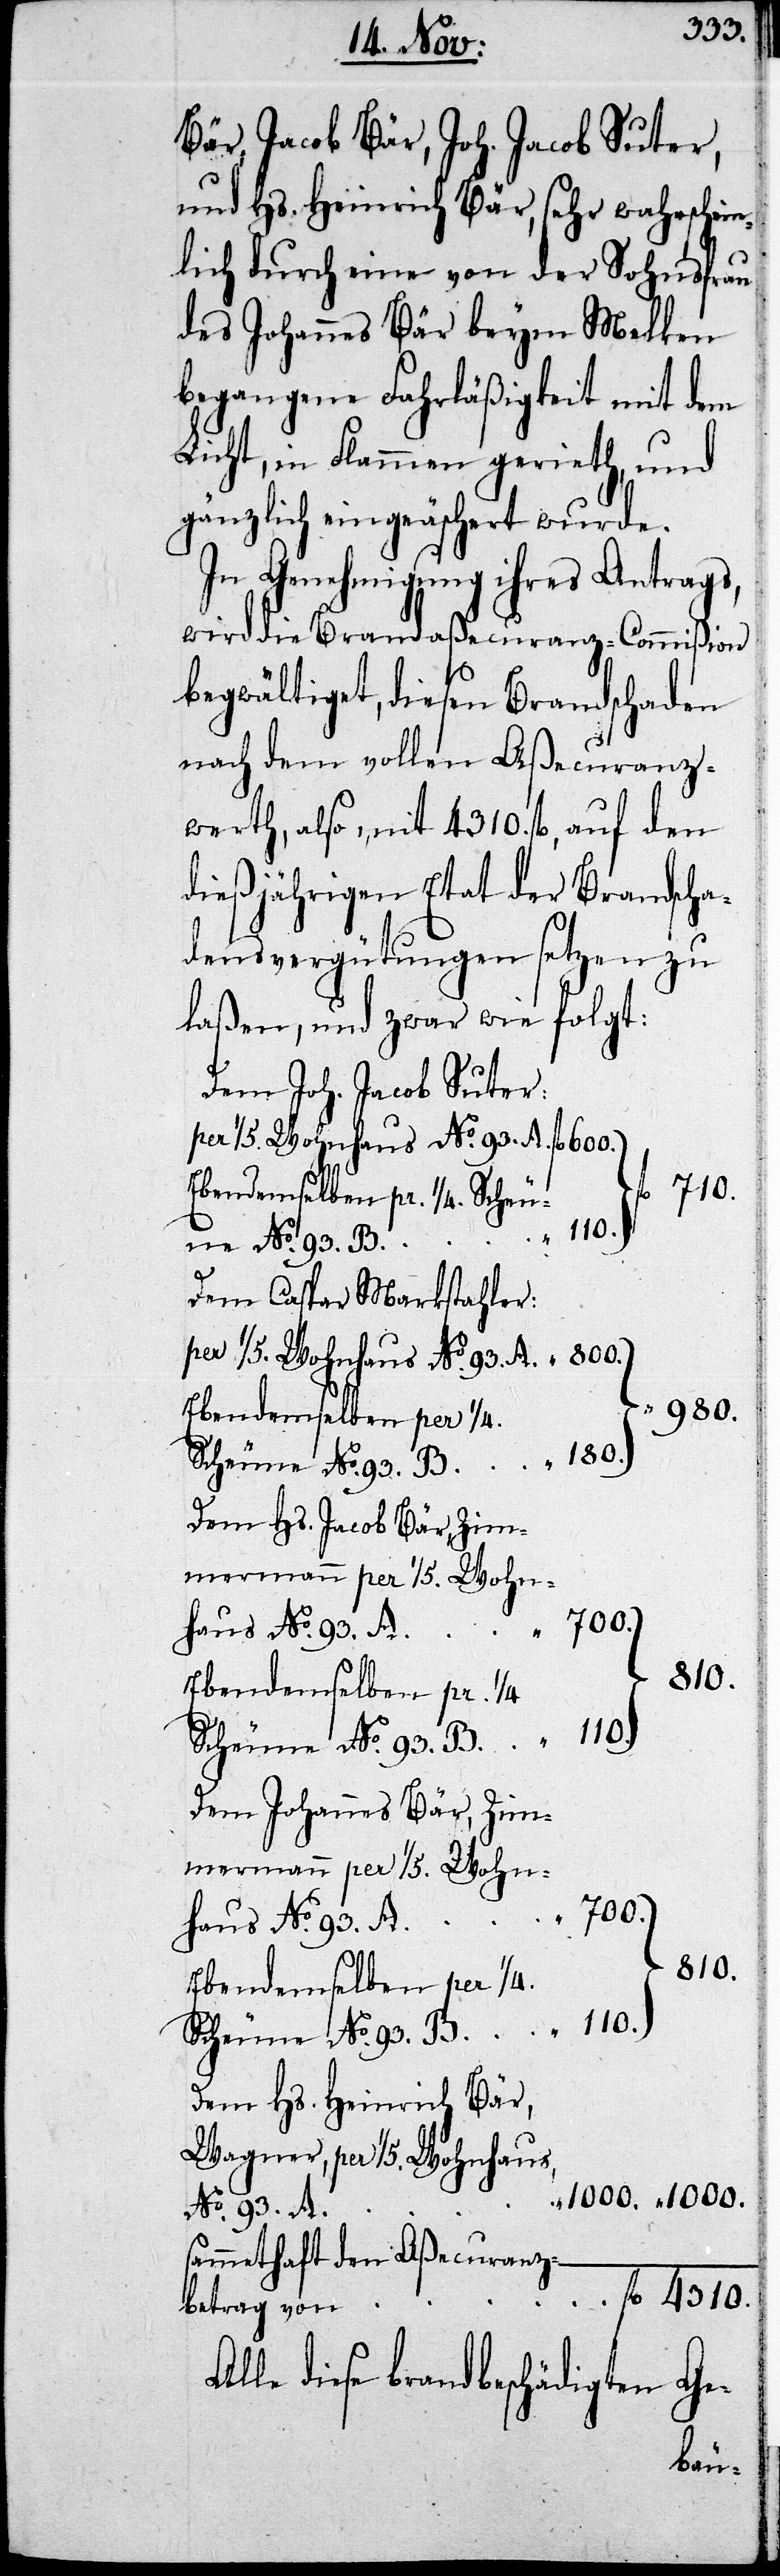
Bär, Jacob Bär, Joh. Jacob Suter,
und Hs. Heinrich Bär, sehr wahrschein¬
lich durch eine von der Sohnsfrau
des Johannes Bär beym Melken
begangene Fahrläßigkeit mit dem
Licht, in Flammen gerieth, und
gänzlich eingeäschert wurde.
In Genehmigung ihres Antrags,
wird die Brandaßecuranz-Commißion
begwältiget, diesen Brandschaden
nach dem vollen Aßecuranz¬
werth, also mit 4310. fl., auf den
dießjährigen Etat der Brandscha¬
densvergütungen setzen zu
laßen, und zwar wie folgt:
Dem Joh. Jacob Suter:
Ebendemselben pr. ¼ Scheu¬
ne No. 93.
Dem Caspar Markstahler:
per 1/5. Wohnhaus, No. 93. A.
Dem Hs. Jacob Bär, Zimme¬
Dem Johannes Bär, Zimme¬
Dem Hs. Heinrich Bär,
sammethaft den Aßecuranz¬
Alle diese brandbeschädigten Ge-
betrag